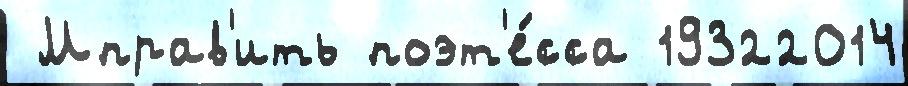
 Мправ'ить поэт'е́сса 19322014